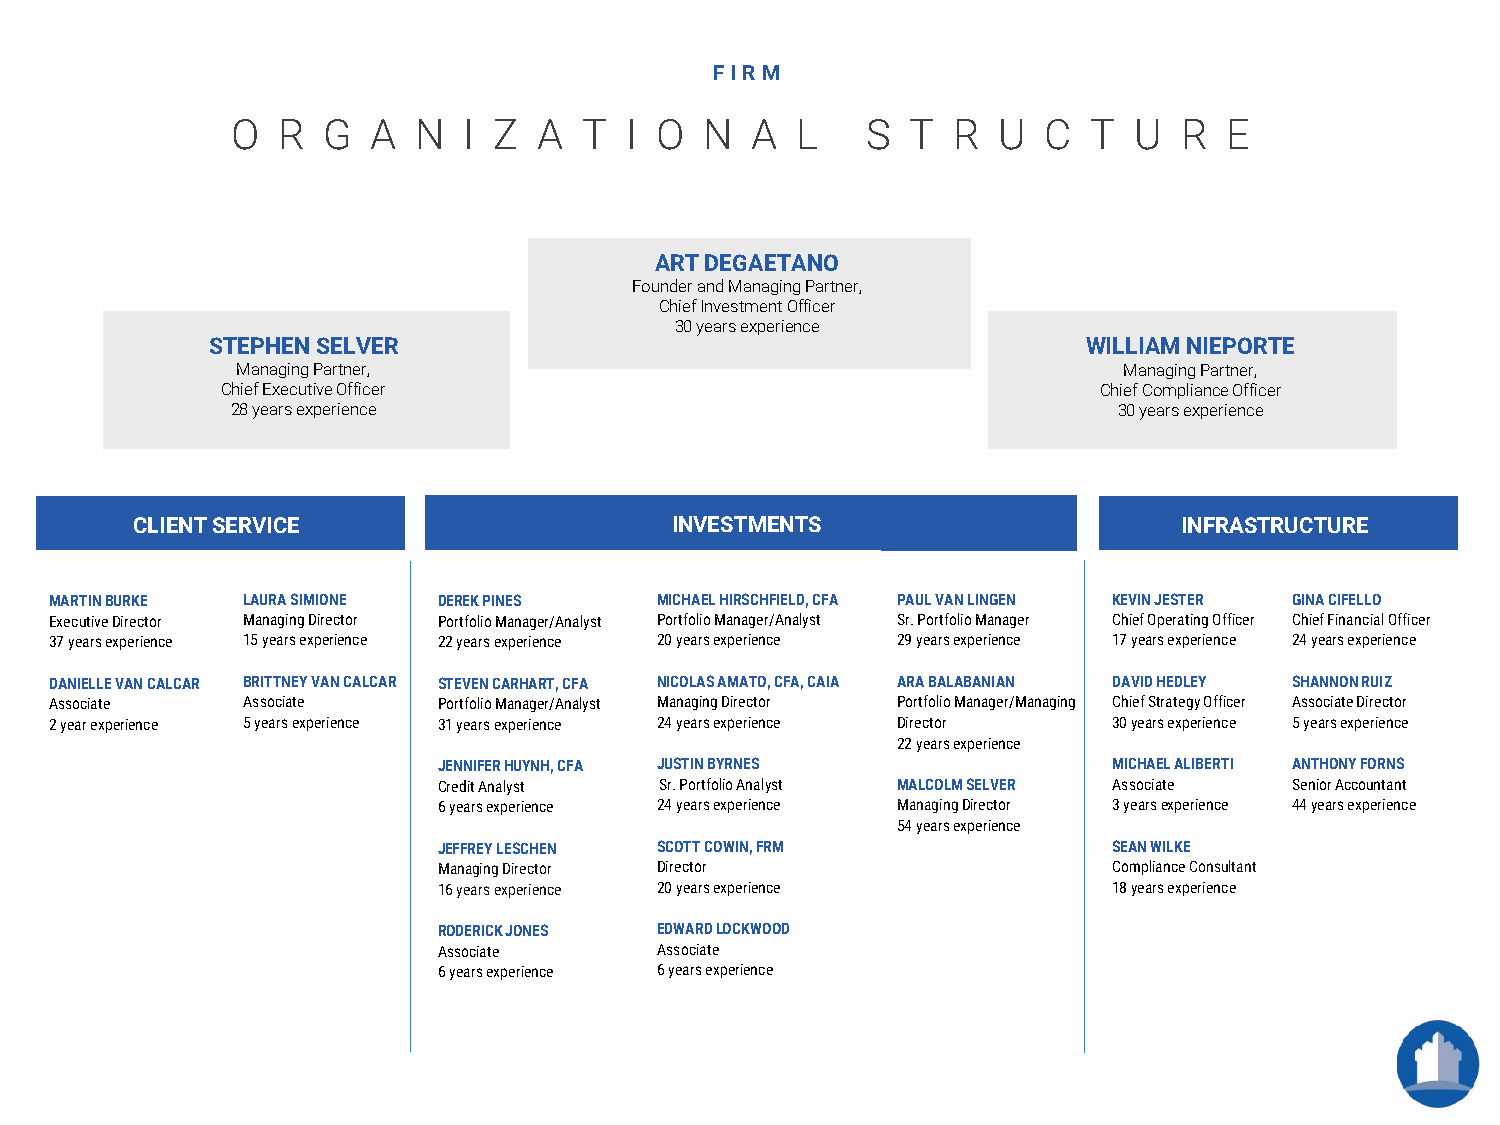
FIR M
 O  R  G   A  N  I Z  A  T I O   N  A  L   S  T  R  U  C  T  U  R  E
 ART DEGAETANO
 Founder andManaging Partner,
 Chief Investment Officer
 30 years experience
 STEPHEN SELVER                                            WILLIAM NIEPORTE
 Managing Partner,                                         Managing Partner,
 Chief Executive Officer                                   Chief Compliance Officer
 28 years experience                                        30 years experience
 CLIENTSERVICE                      INVESTMENTS                       INFRASTRUCTURE
 MARTINBURKE  LAURA SIMIONE DEREK PINES   MICHAEL HIRSCHFIELD, CFA PAUL VAN LINGEN KEVIN JESTER GINA CIFELLO
 ExecutiveDirector Managing Director Portfolio Manager/Analyst Portfolio Manager/Analyst Sr. PortfolioManager Chief Operating Officer Chief Financial Officer
 37 years experience 15 years experience 22 years experience 20 years experience 29 years experience 17 years experience 24 years experience
 DANIELLE VAN CALCAR BRITTNEY VAN CALCAR STEVEN CARHART, CFA NICOLAS AMATO, CFA, CAIA ARA BALABANIAN DAVID HEDLEY SHANNON RUIZ
 Associate    Associate    Portfolio Manager/Analyst Managing Director Portfolio Manager/Managing Chief Strategy Officer Associate Director
 2 year experience 5 years experience 31 years experience 24 years experience Director 30 years experience 5 years experience
 22 years experience
 JENNIFERHUYNH, CFA JUSTIN BYRNES             MICHAEL ALIBERTI ANTHONY FORNS
 CreditAnalyst  Sr. Portfolio Analyst MALCOLM SELVER Associate Senior Accountant
 6years experience 24 years experience ManagingDirector 3 years experience 44 years experience
 54 years experience
 JEFFREY LESCHEN SCOTT COWIN, FRM             SEAN WILKE
 Managing Director Director                   Compliance Consultant
 16 years experience 20 years experience      18 years experience
 RODERICK JONES EDWARDLOCKWOOD
 Associate      Associate
 6 years experience 6 years experience